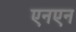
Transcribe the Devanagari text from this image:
एनएन